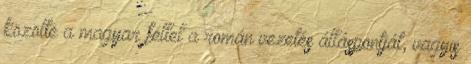
közölte a magyar féllel a román vezetés álláspontját, vagyis